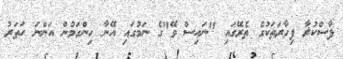
ފާސްކުރާ ފިހާރަތަކުގެ ތެރޭގައި "ނައިސް ވޭ"ގެ ނަމުގައި އޭނާ ހިންގަމުން އަންނަ ހަތަރު